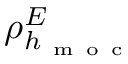
\rho _ { h _ { \mathrm { ~ m ~ o ~ c ~ } } } ^ { E }